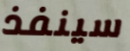
سينفذ